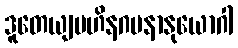
ဒူတေယျပဟိနဂမနာနုယောဂါ